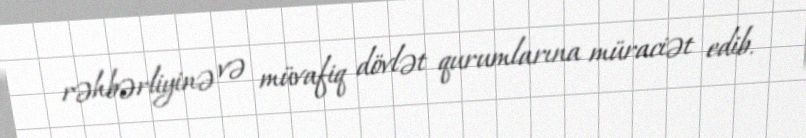
rəhbərliyinə və müvafiq dövlət qurumlarına müraciət edib.